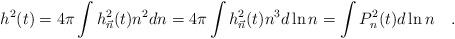
LaTeX: \begin{align*}h^2(t) = 4\pi\int h^2_{\vec n}(t)n^2dn= 4\pi\int h^2_{\vec n}(t)n^3d\ln n= \int P^2_n(t)d\ln n\quad .\end{align*}